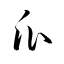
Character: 瓜